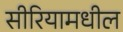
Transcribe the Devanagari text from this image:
सीरियामधील